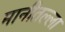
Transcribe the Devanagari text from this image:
मानीतल्ला